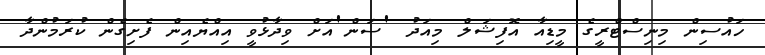
ހައުސިން މިނިސްޓްރީގެ މީޑިއާ އޮފިޝަލް މިއަދު 'ސަން'އަށް ވިދާޅުވީ އިއްޔެއިން ފެށިގެން ކުރަމުންދާ